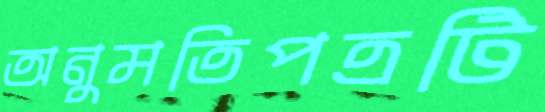
অনুমতিপত্রটি